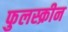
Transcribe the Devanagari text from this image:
फुलस्क्रीन